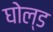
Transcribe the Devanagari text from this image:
घोल्ड